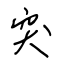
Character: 突